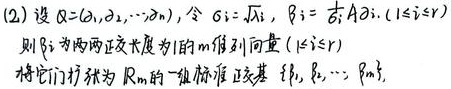
(2) 设\(\alpha=(a_{1},a_{2},\cdots,a_{n})\)，令\(\beta_{i}=\sqrt{\lambda_{i}}\)，\(\beta_{i}=\frac{1}{\lambda_{i}}A\alpha_{i}\)，\((1 \leq i \leq r)\)。则\(\beta_{i}\)为两两正交长度为\(1\)的\(m\)维列向量\((1 \leq i \leq r)\)。将它们扩张为\(\mathbb{R}^{m}\)的一组标准正交基\(\xi_{1},\xi_{2},\cdots,\xi_{m}\)。